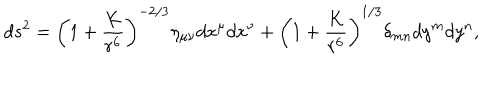
LaTeX: d s ^ { 2 } = \left( 1 + { \frac { K } { r ^ { 6 } } } \right) ^ { - 2 / 3 } \eta _ { \mu \nu } d x ^ { \mu } d x ^ { \nu } + \left( 1 + { \frac { K } { r ^ { 6 } } } \right) ^ { 1 / 3 } \delta _ { m n } d y ^ { m } d y ^ { n } ,